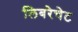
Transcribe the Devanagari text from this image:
लिबरेचेट